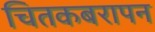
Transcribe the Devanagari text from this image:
चितकबरापन